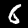
Label: 6